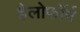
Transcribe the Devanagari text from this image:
हैलोफॉर्म